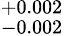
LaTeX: ^{+0.002}_{-0.002}